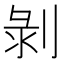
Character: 剝